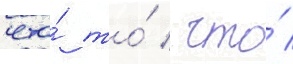
что́ то́ / что́